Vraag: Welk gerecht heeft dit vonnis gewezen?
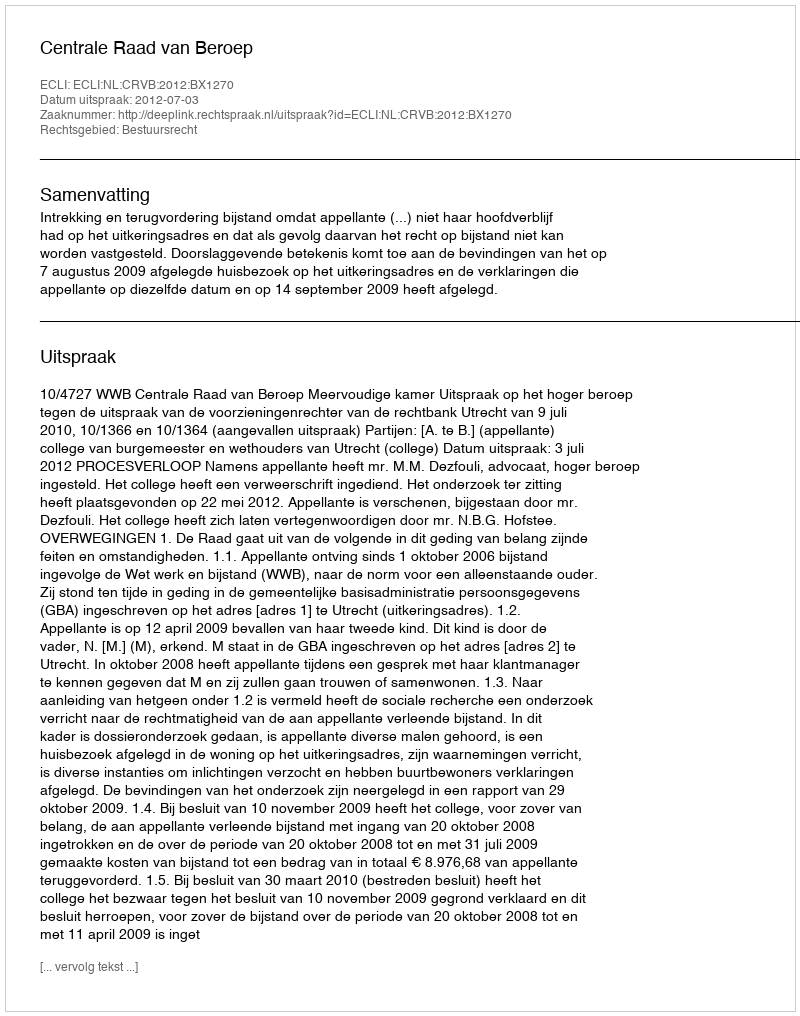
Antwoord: Centrale Raad van Beroep